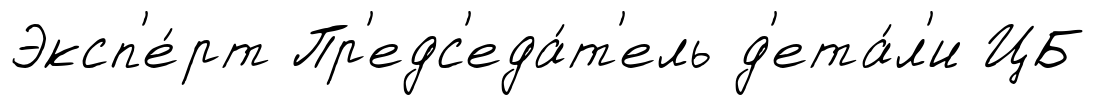
Эксп'е́рт Пр'едс'еда́т'ель д'ета́л'и ЦБ